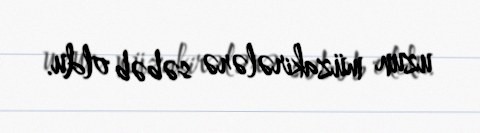
uzun müzakirələrə səbəb oldu.